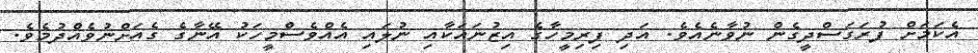
އެކަމަށް ފުރަގަސްދީގެން ނުވާނެއެވެ. އަދި ފިރިމީހާގެ އިޒުނައަކާއި ނުލައި އެއްވެސްމީހަކު އޭނާގެ ގެއަށްނުވެއްދުމެވެ.